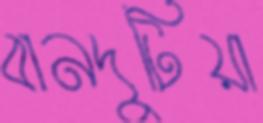
বানদুটিয়া